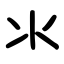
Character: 氺